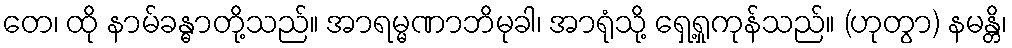
တေ၊ ထို နာမ်ခန္ဓာတို့သည်။ အာရမ္မဏာဘိမုခါ၊ အာရုံသို့ ရှေ့ရှုကုန်သည်။ (ဟုတွာ) နမန္တိ၊